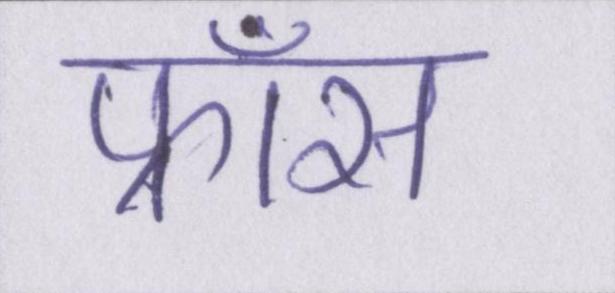
फ्राँस